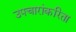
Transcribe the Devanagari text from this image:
उपचारांकरिता